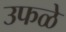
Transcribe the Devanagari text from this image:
उफळे